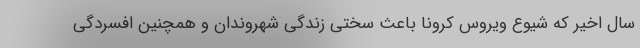
سال اخیر که شیوع ویروس کرونا باعث سختی زندگی شهروندان و همچنین افسردگی